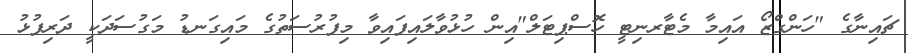
ޗައިނާގެ "ހަންގްޒޯ އައިމާ މެޓާރނިޓީ ހޮސްޕިޓަލް"އިން ހުޅުވާލައިފައިވާ މިފުރުސަތުގެ މައިގަނޑު މަގުސަދަކީ ދަރިފުޅު